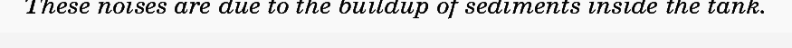
These noises are due to the buildup of sediments inside the tank.